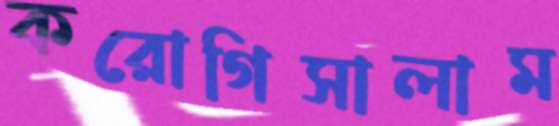
করোগিসালাম